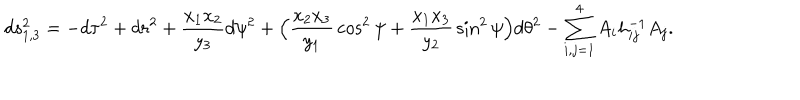
d s _ { 1 , 3 } ^ { 2 } = - d \tau ^ { 2 } + d r ^ { 2 } + { \frac { x _ { 1 } x _ { 2 } } { y _ { 3 } } } d \psi ^ { 2 } + \Big ( { \frac { x _ { 2 } x _ { 3 } } { y _ { 1 } } } \cos ^ { 2 } \psi + { \frac { x _ { 1 } x _ { 3 } } { y _ { 2 } } } \sin ^ { 2 } \psi \Big ) d \theta ^ { 2 } - \sum _ { i , j = 1 } ^ { 4 } A _ { i } h _ { i j } ^ { - 1 } A _ { j } .